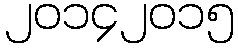
၂၀၁၄၂၀၁၅